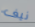
نيف